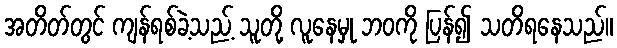
အတိတ်တွင် ကျန်ရစ်ခဲ့သည့် သူတို့ လူနေမှု ဘဝကို ပြန်၍ သတိရနေသည်။